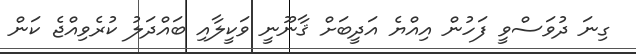
ގިނަ ދުވަސްވީ ފަހުން އިއްޔެ އަދީބަށް ޤާނޫނީ ވަކީލާއި ބައްދަލު ކުރެވިއްޖެ ކަން